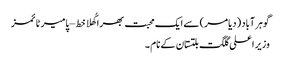
گوہر آباد (دیامر) سے ایک محبت بھرا کُھلا خط – پامیر ٹائمز
وزیر اعلی گلگت بلتستان کے نام ۔